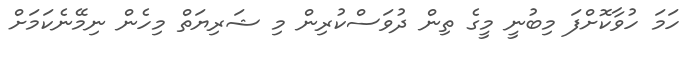
ހަމަ ހުވާކޮށްފަ މިބުނީ މީގެ ތިން ދުވަސްކުރިން މި ޝަރިޔަތް މިހެން ނިމޭނެކަމަށް